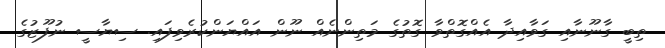
ތިބީ ގާނޫނާއި ގަވާއިދާ އެއްގޮތްވާ ގޮތުގެ މަތިންނެއް ނޫން އައްޔަންކުރެވިފައި. ސިޔާސީ ނުފޫޒުގެ